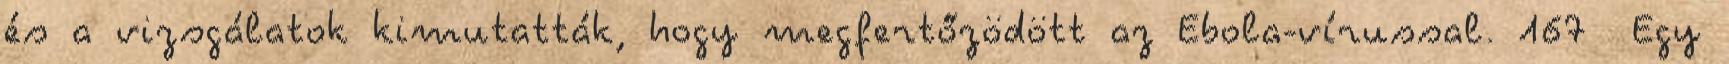
és a vizsgálatok kimutatták, hogy megfertőzödött az Ebola-vírussal. 167 Egy